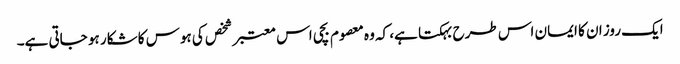
ایک روز ان کا ایمان اس طرح بہکتا ہے، کہ وہ معصوم بچی اس معتبر شخص کی ہوس کا شکار ہو جاتی ہے۔